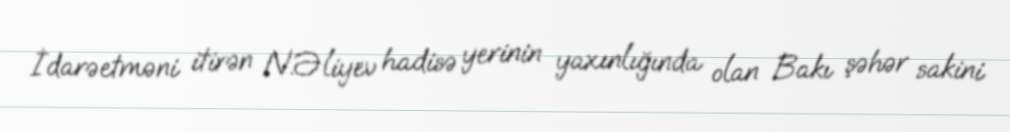
İdarəetməni itirən N.Əliyev hadisə yerinin yaxınlığında olan Bakı şəhər sakini